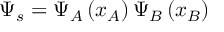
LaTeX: \Psi _ { s } = \Psi _ { A } \left( x _ { A } \right) \Psi _ { B } \left( x _ { B } \right)